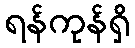
ရန်ကုန်ရှိ